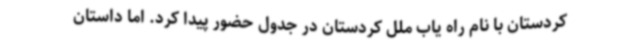
کردستان با نام راه یاب ملل کردستان در جدول حضور پیدا کرد. اما داستان